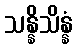
သန္နိသိန္နံ